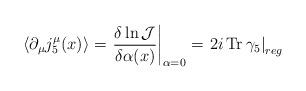
LaTeX: \begin{align*}\langle \partial_\mu j^\mu_5 (x) \rangle = \left. \frac{\delta \ln {\mathcal J} }{\delta \alpha(x)} \right|_{\alpha = 0}= \left.2 i \, {\rm Tr}\,\gamma_5 \right|_{reg}\end{align*}